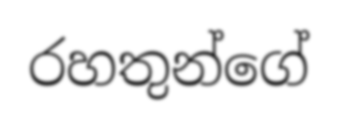
රහතුන්ගේ